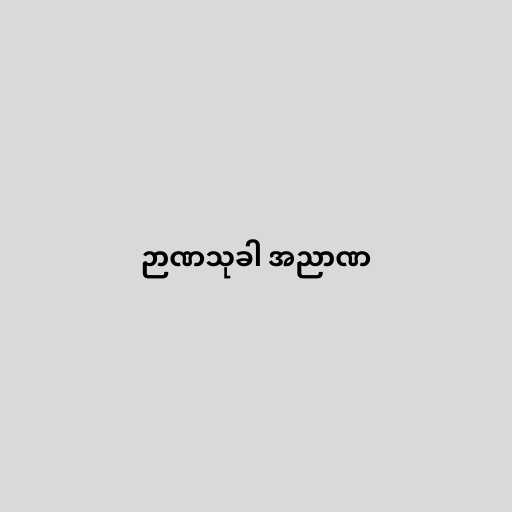
ဉာဏသုခါ အညာဏ